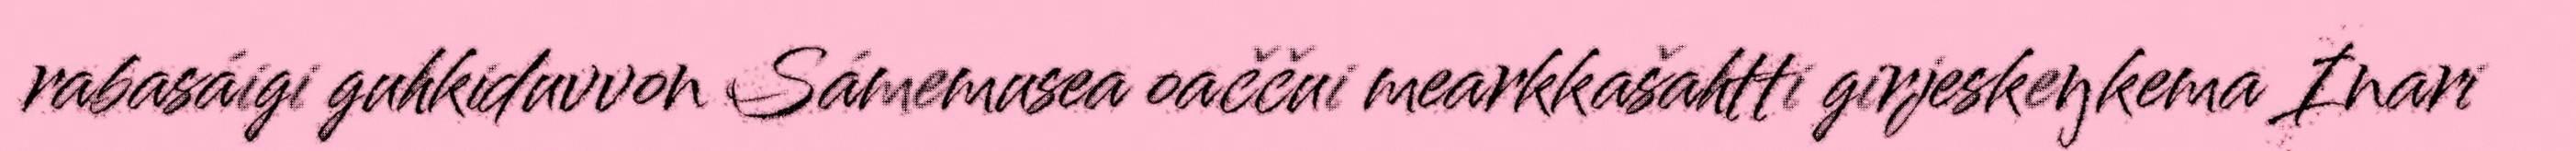
rabasáigi guhkiduvvon Sámemusea oaččui mearkkašahtti girjeskeŋkema Inari